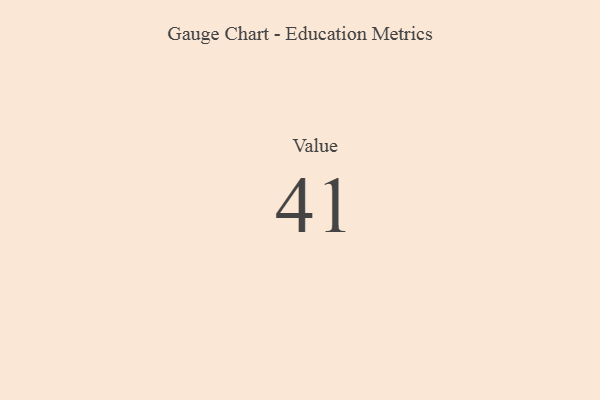
{"axis": {"x": "Metric", "y": "Value"}, "legend": [""], "data": [{"x": "Value", "y": 41, "type": ""}]}